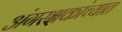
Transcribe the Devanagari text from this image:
अंगरक्षकांच्यात